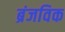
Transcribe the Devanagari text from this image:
ब्रंजविक